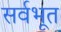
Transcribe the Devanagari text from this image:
सर्वभूत